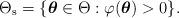
LaTeX: \begin{align*}\Theta_{\rm s}=\{\boldsymbol{\theta}\in\Theta:\varphi(\boldsymbol{\theta})>0\}.\end{align*}